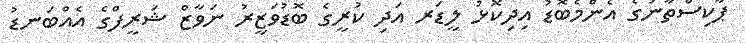
ޕާކިސްތާނުގެ އެންމެބޮޑު އިދިކޮޅު ލީޑަރ އަދި ކުރީގެ ބޮޑުވަޒީރު ނަވާޒް ޝަރީފްގެ އެއްބަނޑު